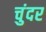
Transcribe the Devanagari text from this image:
चुंदर